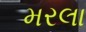
મરલા